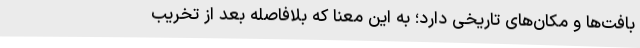
بافت‌ها و مکان‌های تاریخی دارد؛ به این معنا که بلافاصله بعد از تخریب